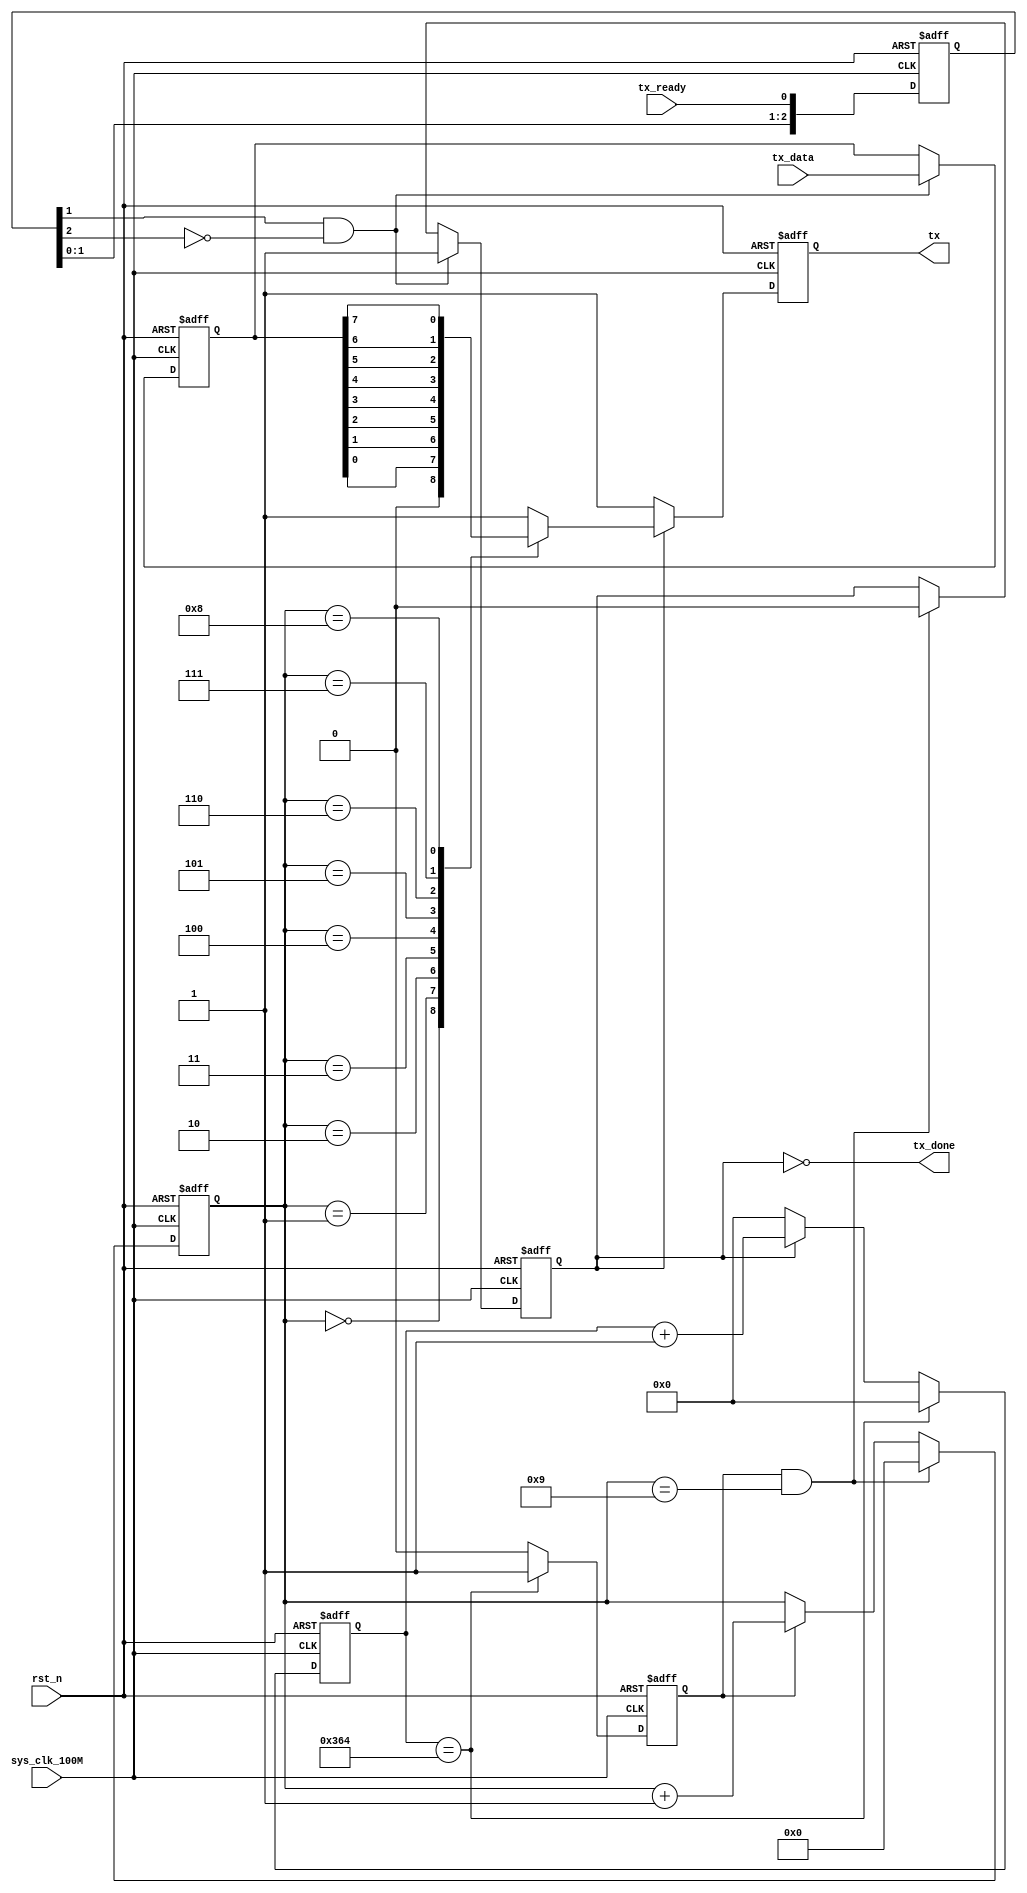
//===============================================
// 
// designer:        yang shjiang
// description:     uart transfer module
//
//===============================================
// `include "config.v"

module uart_tx #(
    parameter           BAUD_RATE   =   115200
)(
    // system signal
    input               sys_clk_100M    ,
    input               rst_n           ,
    // uart interface
    output  reg         tx              ,
    // others
    input               tx_ready        ,  // data_ready
    output              tx_done         ,
    input       [7:0]   tx_data         
);


//====================================================\
// ********* define param and internal signal ******
//====================================================/

localparam  BAUD_END = (1_000_000_000)/(BAUD_RATE * 10) ;


localparam  BIT_END  = 9    ;

wire            tx_trig     ;
reg     [7:0]   tx_data_r   ;
reg             tx_flag     ;
reg     [12:0]  baud_cnt    ;
reg             bit_flag    ;
reg     [3:0]   bit_cnt     ;

reg     [2:0]   tx_ready_r  ;




//====================================================\
// ***************** main code ******************
//====================================================/
// tx_trig
always @(posedge sys_clk_100M or negedge rst_n) begin
    if (rst_n == 1'b0)
        tx_ready_r <= 3'b000        ;
    else
        tx_ready_r <= {tx_ready_r[1:0], tx_ready};
end

assign tx_trig = tx_ready_r[1] & (~tx_ready_r[2]);


// tx_data_r
always @(posedge sys_clk_100M or negedge rst_n) begin
    if (rst_n == 1'b0)
        tx_data_r <= 8'd0;
    else if (tx_trig == 1'b1)
        tx_data_r <= tx_data;
end


// tx_flag
always @(posedge sys_clk_100M or negedge rst_n) begin
    if (rst_n == 1'b0)
        tx_flag <= 1'b0;
    else if (tx_trig == 1'b1)
        tx_flag <= 1'b1;
    else if (bit_flag == 1'b1 && bit_cnt == BIT_END)
        tx_flag <= 1'b0;
end

// tx_done
assign tx_done = ~tx_flag   ;

// baud_cnt
always @(posedge sys_clk_100M or negedge rst_n) begin
    if (rst_n == 1'b0)
        baud_cnt <= 13'd0;
    else if( baud_cnt == BAUD_END)
        baud_cnt <= 13'd0;
    else if(tx_flag == 1'b1)
        baud_cnt <= baud_cnt + 13'd1;
    else
        baud_cnt <= 13'd0;
end


// bit_flag
always @(posedge sys_clk_100M or negedge rst_n) begin
    if(rst_n == 1'b0)
        bit_flag <= 1'b0;
    else if(baud_cnt == BAUD_END)
        bit_flag <= 1'b1;
    else
        bit_flag <= 1'b0;
end


// bit_cnt
always @(posedge sys_clk_100M or negedge rst_n) begin
    if(rst_n == 1'b0)
        bit_cnt <= 4'd0;
    else if(bit_flag == 1'b1 && bit_cnt == BIT_END)
        bit_cnt <= 4'd0;
    else if(bit_flag == 1'b1)
        bit_cnt <= bit_cnt + 4'd1;
end


// tx
always @(posedge sys_clk_100M or negedge rst_n) begin
    if(rst_n == 1'b0)
        tx <= 1'b1;
    else if(tx_flag == 1'b1)
        case (bit_cnt)
            0: tx <= 1'b0;
            1: tx <= tx_data_r[0];
            2: tx <= tx_data_r[1];
            3: tx <= tx_data_r[2];
            4: tx <= tx_data_r[3];
            5: tx <= tx_data_r[4];
            6: tx <= tx_data_r[5];
            7: tx <= tx_data_r[6];
            8: tx <= tx_data_r[7];
            9: tx <= 1'b1;
            default: tx <= 1'b1;
        endcase
    else
        tx <= 1'b1;
end

endmodule